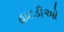
હાટડીઓ